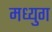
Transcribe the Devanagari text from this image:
मध्युग